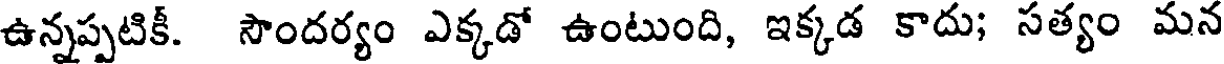
ఉన్నప్పటికీ. సౌందర్యం ఎక్కడో ఉంటుంది, ఇక్కడ కాదు; సత్యం మన